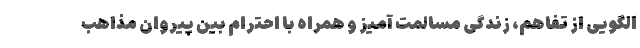
الگویی از تفاهم، زندگی مسالمت آمیز و همراه با احترام بین پیروان مذاهب